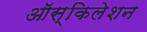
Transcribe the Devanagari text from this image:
ऑस्किलेशन